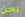
نحن